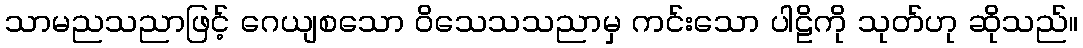
သာမညသညာဖြင့် ဂေယျစသော ဝိသေသသညာမှ ကင်းသော ပါဠိကို သုတ်ဟု ဆိုသည်။